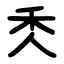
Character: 秂